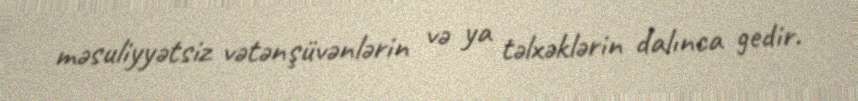
məsuliyyətsiz vətənşüvənlərin və ya təlxəklərin dalınca gedir.